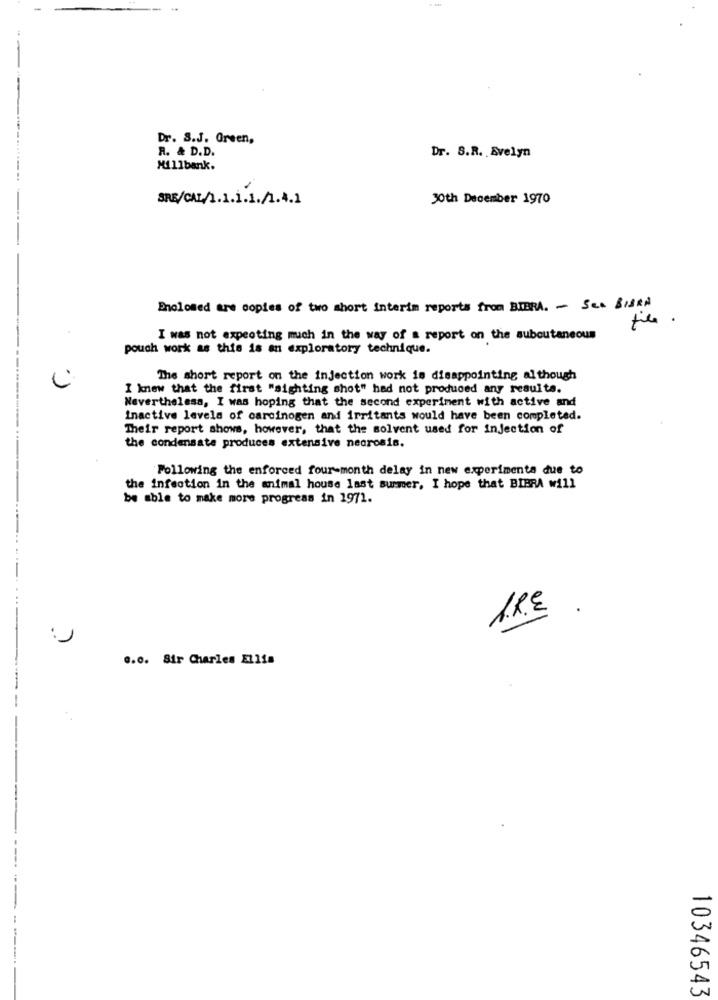
Dr. S.J. Green,
R. & D.D.
Dr. S.R. Evelyn
Millbank.
30th December 1970
Enclosed are copies of two short interim reports from BIERA. - Sea BISRN
tile.
I was not expecting much in the way of a report on the subcutaneous
pouch work as this is an exploratory technique.
The short report on the injection work is disappointing although
I knew that the first "sighting shot" had not produced any results.
Nevertheless, I was hoping that the second experiment with active and
Inactive levels of carcinogen and irritants would have been completed.
Their report shows, however, that the solvent used for injection of
the condensate produces extensive necrosis.
Following the enforced four-month delay in new experimenta due to
the infection in the animal house last summer, I hope that BIBRA will
be able to make more progress in 1971.
1.RE
.. 0. Sir Charles Ellis
10346543